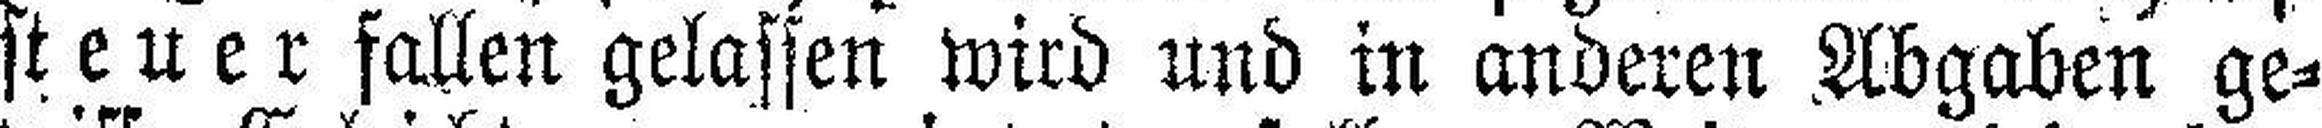
steuer fallen gelassen wird und in anderen Abgaben ge¬